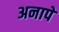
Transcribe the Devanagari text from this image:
अनापे